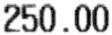
250.00